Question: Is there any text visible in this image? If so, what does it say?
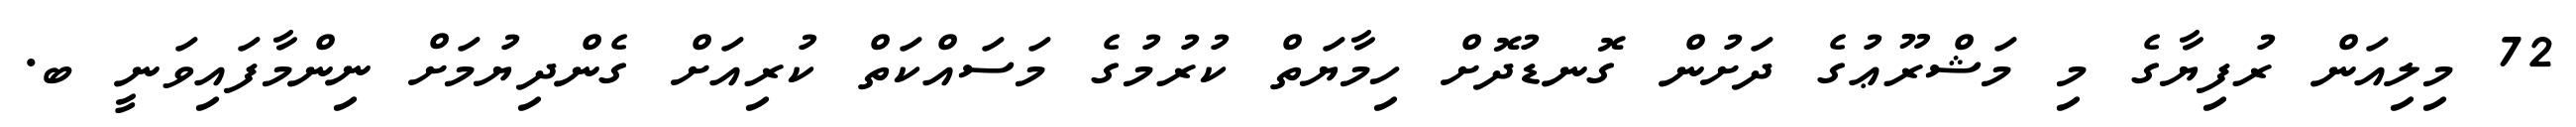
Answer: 72 މިލިއަން ރުފިޔާގެ މި މަޝްރޫޢުގެ ދަށުން ގޮނޑުދޮށް ހިމާޔަތް ކުރުމުގެ މަސައްކަތް ކުރިއަށް ގެންދިޔުމަށް ނިންމާފައިވަނީ ބ.